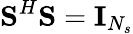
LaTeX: \textbf{S}^{H}\textbf{S}=\textbf{I}_{N_{s}}